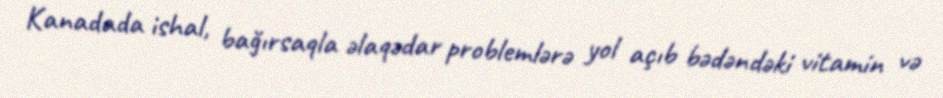
Kanadada ishal, bağırsaqla əlaqədar problemlərə yol açıb bədəndəki vitamin və